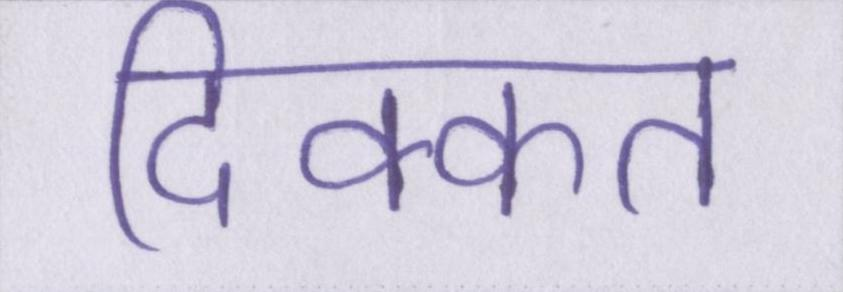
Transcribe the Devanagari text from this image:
दिक्कत